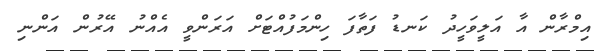
އިމްރާން އާ އަލީވަހީދު ކަނޑު ފަތާފަ ހިންމަފުއްޓަށް އަރަންވީ އެއްނު އޭރުން އަންނި